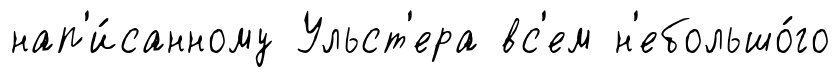
нап'и́санному Ульст'ера вс'ем н'ебольшо́го